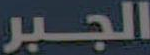
الجبر